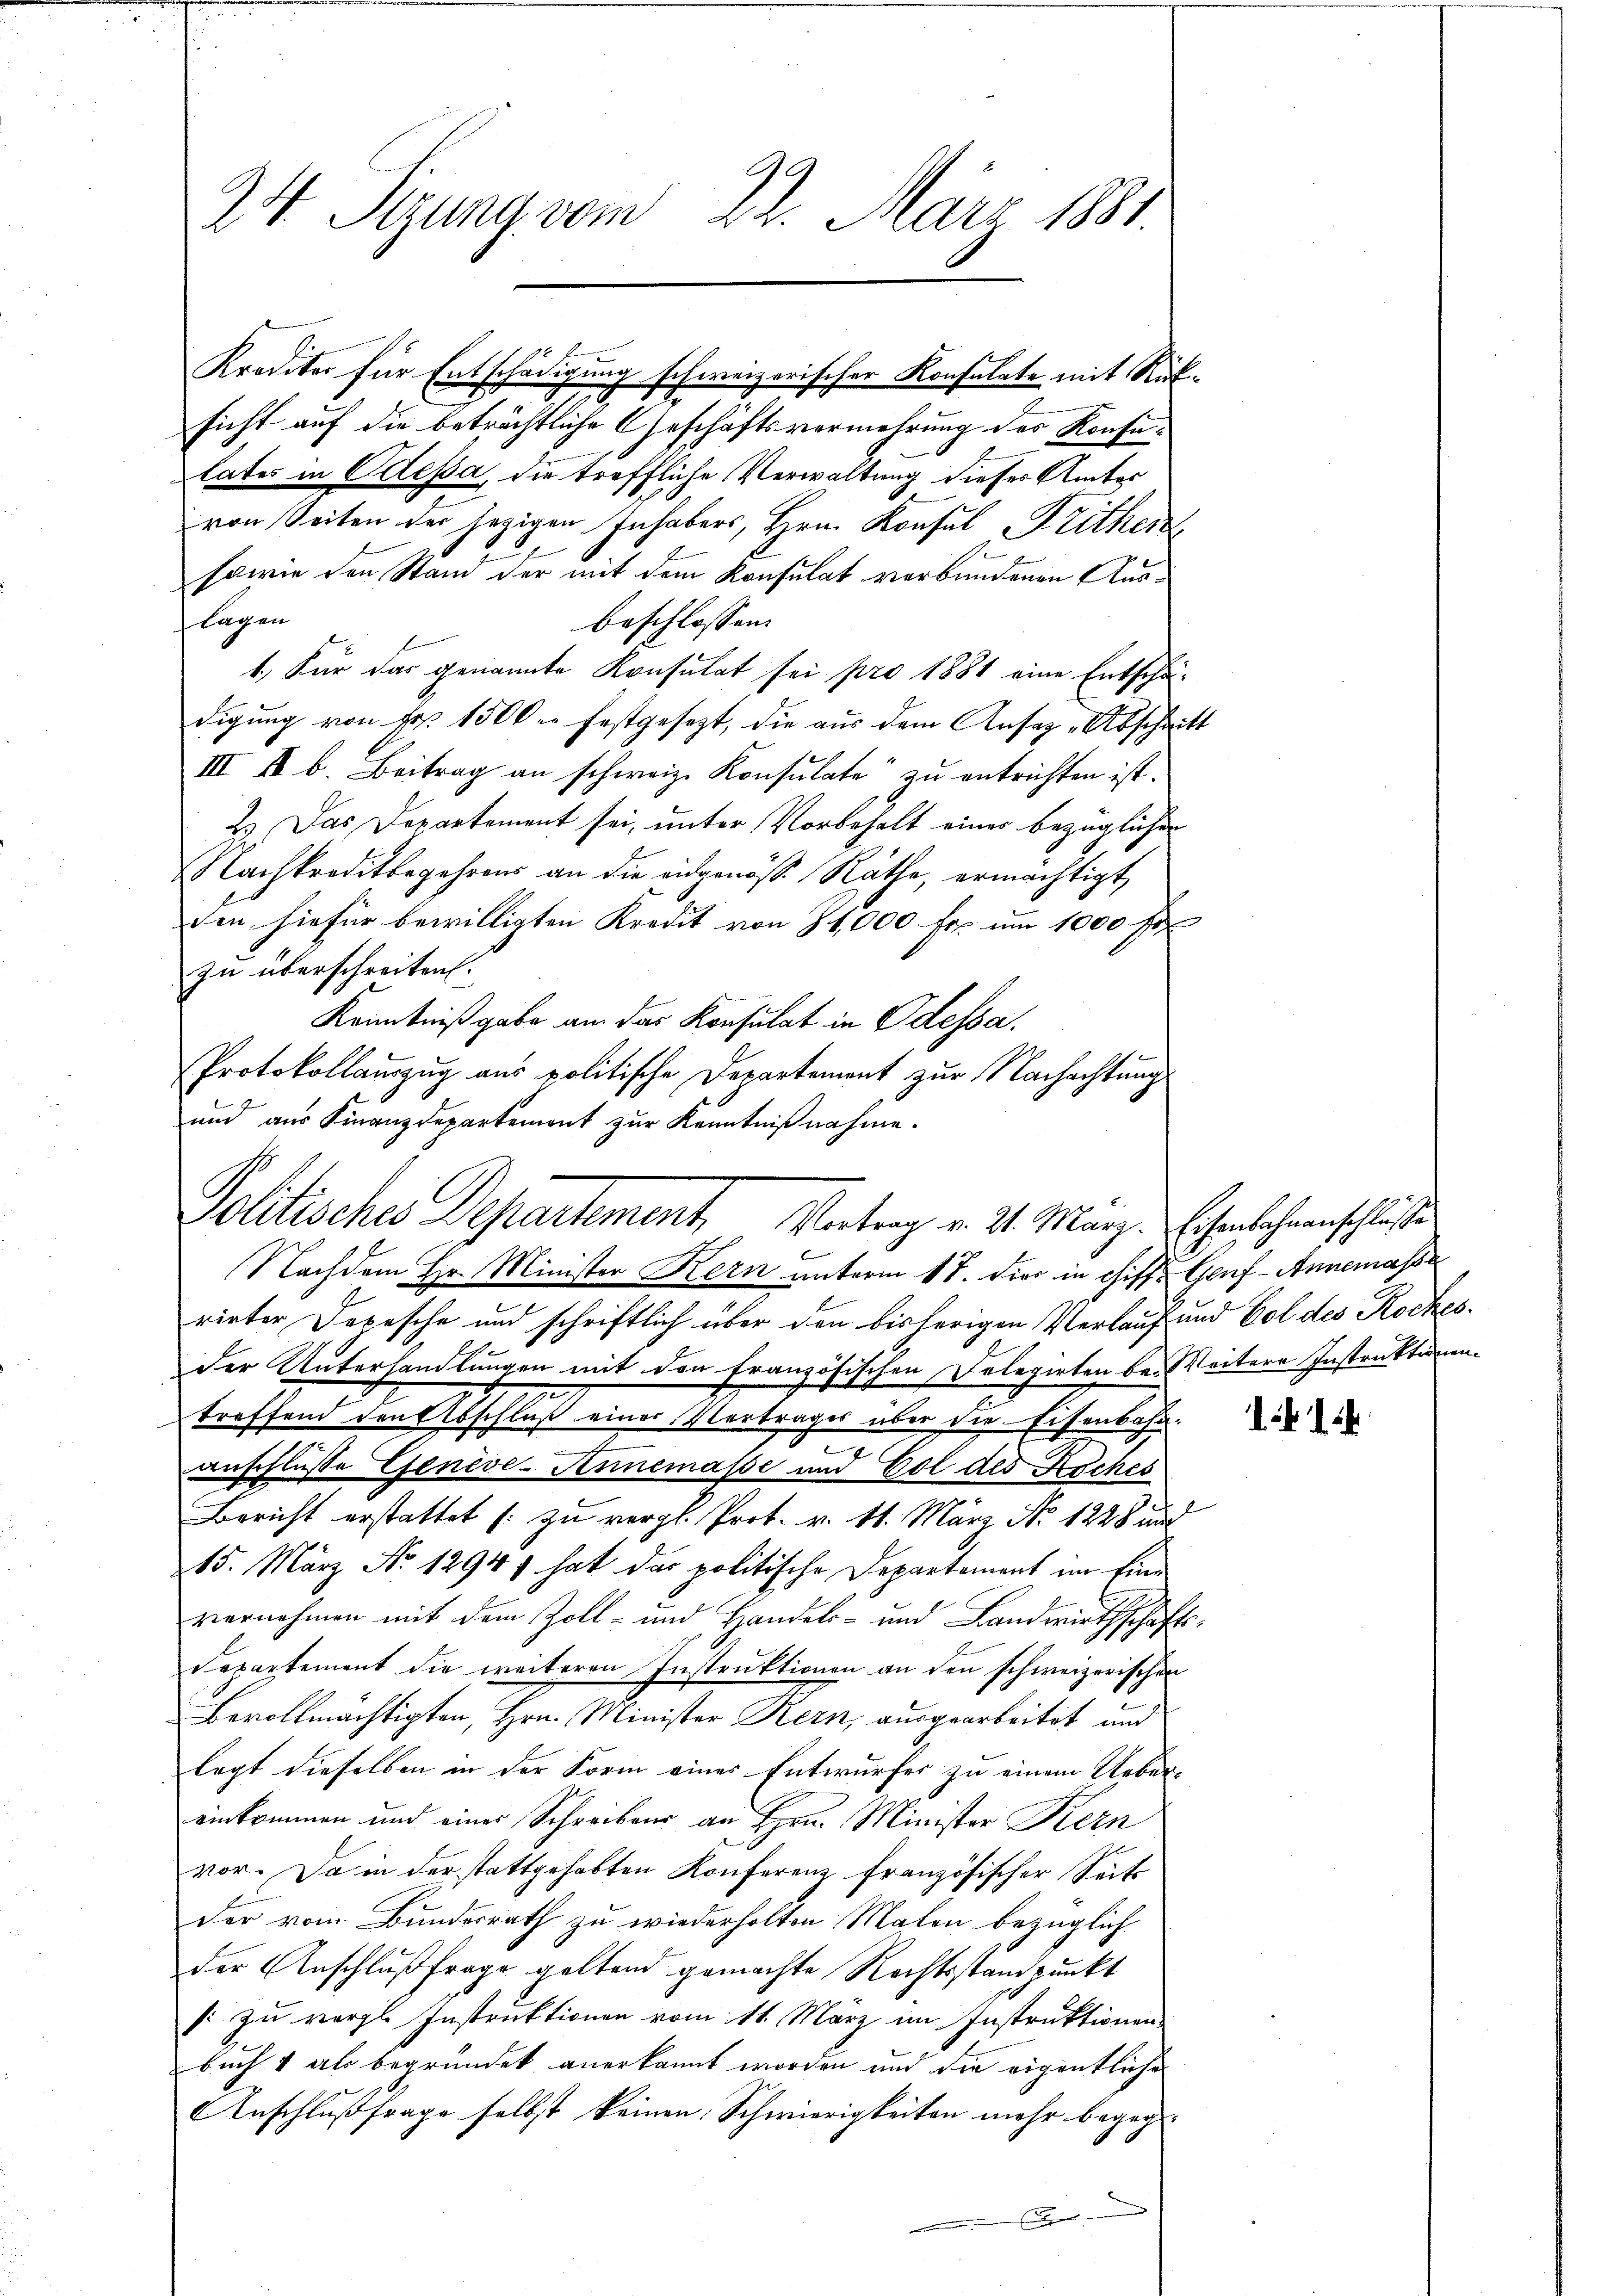
sicht auf die beträchtliche Geschäftsvermehrung des Konfelates in Odessa, die treffliche Verwaltung dieses Amtes
von Seiten der jezigen Inhabers, Hrn. Konsul Frither
sowie den Stand der mit dem Konsulat verbundenen Auslagen
beschlossen:
1. Für das genannte Konsulat sei pro 1881 eine Entschä-
digung von Fr. 1500 er festgesetzt, die aus dem Ansaz-Abschritt
III I b. Beitrag an schweiz. Konsulate“ zu entrichten ist.
2.) Das Departement sei, unter Vorbehalt einer bezüglichen
Nachkreditbegehrens an die eidgenöß Räthe, ermächtigt,
den hiefür bewilligten Kredit von 34,000 Fr. um 1000 Fr
zu überschreiten.
Kenntniß gabe an das Konsulat in Odessa.
Protokollauszug aus politische Departement zur Nachachtung
und aus Finanzdepartement zur Kenntnißnahme.
Nachdem Hr. Minister Kern unterm 17. dies in chiff Genf - Annemasse
rieter Depesche und schriftlich über den bisherigen Verlauf und Vol des Rockes¬
Der Unterhandlungen mit den französischen Delegirten be- Weitere Instruktionen
treffend den Abschlaß einer Vertrages über die Eisenbahnanschlüsse Geneve-Annemasse und Gol des Koches
Bericht erstattet (zu vergl. Prot. v. 11. März No. 1228 und
15. März No. 12947 hat das politische Departement im Einvernehmen mit dem Zoll- und Handels- und Landwirthschafts¬
Separtement die weiteren Instruktionen an den schweizerischen
Bevollmächtigten, Hrn. Minister Kern, ausgearbeitet und
legt dieselben in der Form eines Entwurfes zu einem Uebereinkommen und eines Schreibens an Hrn. Minister Kern
vor. Da in der stattgehabten Konferenz französischer Seite
der vom Bundesrath zu wiederholten Malen bezüglich
der Anschlußfrage geltend gemachte Rechtsstandpunkt
: zu vergl. Instruktionen vom 11. März im Instruktionen
buch 1 als begründet anerkannt worden und die eigentliche
Anschlußfrage selbst keinen Schwierigkeiten mehr begeg
.

24 Sitzung vom 22. März 1881.

Krediter für Entschädigung schweizerischer Konsulate mit Rük¬

Politisches Departement, Vertrag v. 21. März. Schenlehnenschluße

1